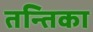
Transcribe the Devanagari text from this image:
तन्तिका